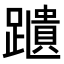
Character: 𨆨